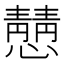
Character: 𪬿